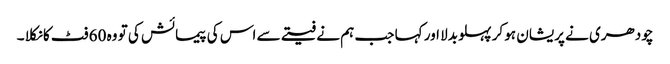
چودھری نے پریشان ہو کر پہلو بدلا اور کہا جب ہم نے فیتے سے اس کی پیمائش کی تو وہ 60 فٹ کا نکلا ۔